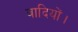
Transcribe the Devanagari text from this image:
वादियों।